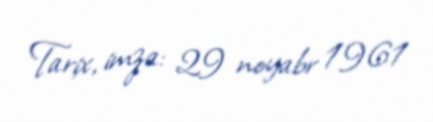
Tarix, imza: 29 noyabr 1961